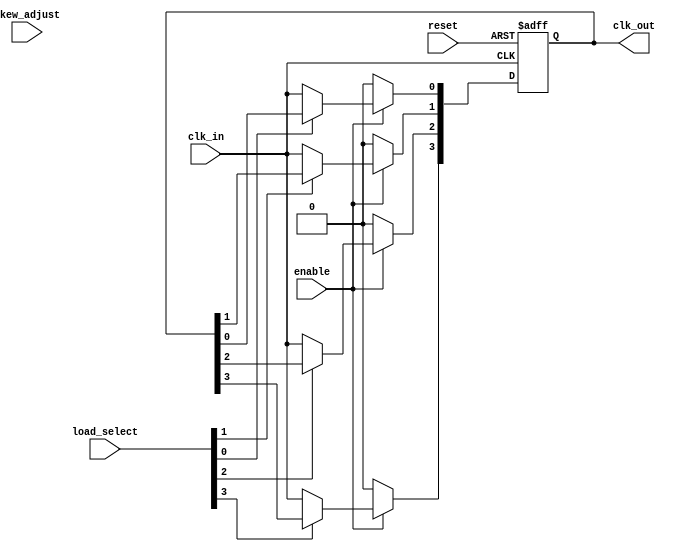
module skew_optimized_clock_buffer (
    input wire clk_in,                // Input clock
    input wire reset,                 // Asynchronous reset
    input wire enable,                // Enable control for outputs
    input wire [3:0] skew_adjust,     // Skew adjustment control
    input wire [3:0] load_select,     // Load select for output drivers
    output reg [3:0] clk_out          // Multiple output clocks
);

    // Parameters
    parameter DELAY_MAX = 15; // Max delay count for skew adjustment

    // Internal signals
    reg [3:0] delay;             // Internal delay register
    wire clk_buf;                // Buffered clock signal
    wire [3:0] adjusted_delays;  // Adjusted delays for skew optimization

    // Input Buffering (Simple Buffer)
    assign clk_buf = clk_in;

    // Skew Optimization Logic
    always @(*) begin
        // Adjust delay based on skew_adjust input
        case (skew_adjust)
            4'b0000: delay = 4'd0;
            4'b0001: delay = 4'd1;
            4'b0010: delay = 4'd2;
            4'b0011: delay = 4'd3;
            4'b0100: delay = 4'd4;
            4'b0101: delay = 4'd5;
            4'b0110: delay = 4'd6;
            4'b0111: delay = 4'd7;
            4'b1000: delay = 4'd8;
            4'b1001: delay = 4'd9;
            4'b1010: delay = 4'd10;
            4'b1011: delay = 4'd11;
            4'b1100: delay = 4'd12;
            4'b1101: delay = 4'd13;
            4'b1110: delay = 4'd14;
            4'b1111: delay = DELAY_MAX; // Maximum delay
            default: delay = 4'd0; // Default to no delay
        endcase
    end

    // Output Stage with Load and Isolation
    always @(posedge clk_buf or posedge reset) begin
        if (reset) begin
            clk_out <= 4'b0000; // Reset outputs
        end else if (enable) begin
            // Generate outputs with adjustable delays
            clk_out[0] <= #(delay[0]) clk_buf; // Output 0
            clk_out[1] <= #(delay[1]) clk_buf; // Output 1
            clk_out[2] <= #(delay[2]) clk_buf; // Output 2
            clk_out[3] <= #(delay[3]) clk_buf; // Output 3
            
            // Load selection for driving outputs (simple example)
            if (load_select[0]) clk_out[0] <= clk_out[0];
            if (load_select[1]) clk_out[1] <= clk_out[1];
            if (load_select[2]) clk_out[2] <= clk_out[2];
            if (load_select[3]) clk_out[3] <= clk_out[3];
        end else begin
            clk_out <= 4'b0000; // Disable outputs when not enabled
        end
    end

endmodule